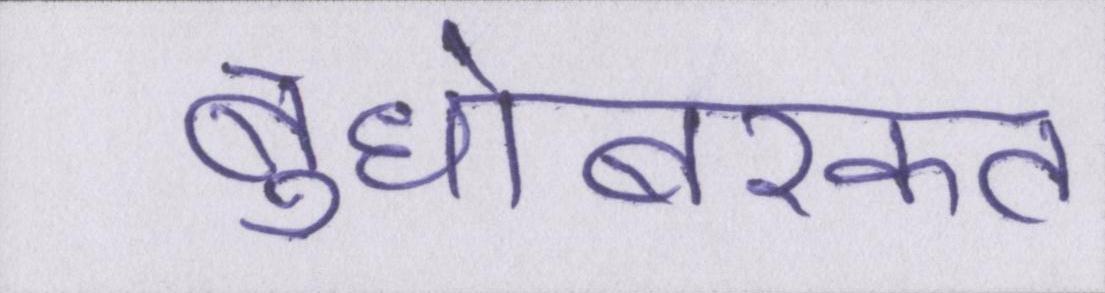
बुधोबरकत